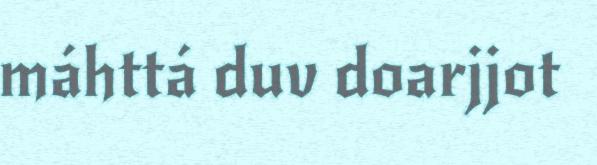
máhttá duv doarjjot